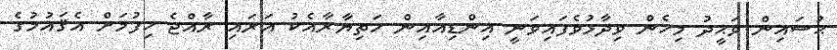
ޙުސައިން ވަޙީދު މިހެން ވިދާޅުވެފައިވަނީ އިންޑިއާއިން ހަތިޔާރާއެކު އަރައި ރާއްޖެ ހިފުމަށް އެޤައުމުގެ